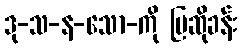
ဒု-သ-န-သော-ကို ပြဆိုခန်း